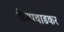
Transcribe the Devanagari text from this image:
केम्पवाडकर